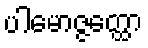
ပါမောဇ္ဇတ္ထော